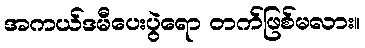
အကယ်ဒမီပေးပွဲရော တက်ဖြစ်မလား။